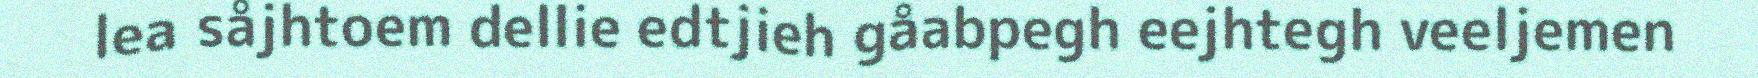
lea såjhtoem dellie edtjieh gåabpegh eejhtegh veeljemen